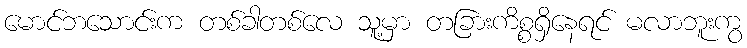
မောင်ဘသောင်းက တစ်ခါတစ်လေ သူ့မှာ တခြားကိစ္စရှိနေရင် မလာဘူးကွ